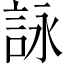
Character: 詠